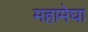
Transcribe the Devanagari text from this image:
महामेघा